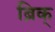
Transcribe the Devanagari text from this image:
ब्रिक्